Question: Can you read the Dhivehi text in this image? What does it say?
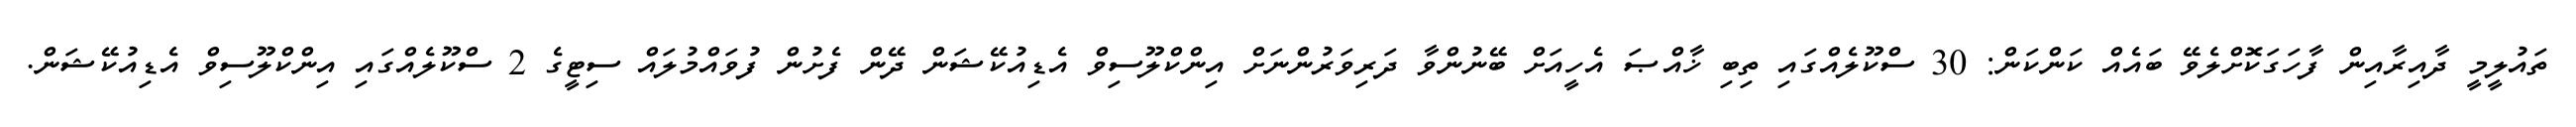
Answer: ތައުލީމީ ދާއިރާއިން ފާހަގަކޮށްލެވޭ ބައެއް ކަންކަން: 30 ސްކޫލެއްގައި ތިބި ޚާއްޞަ އެހީއަށް ބޭނުންވާ ދަރިވަރުންނަށް އިންކްލޫސިވް އެޑިއުކޭޝަން ދޭން ފެށުން ފުވައްމުލައް ސިޓީގެ 2 ސްކޫލެއްގައި އިންކްލޫސިވް އެޑިއުކޭޝަން.